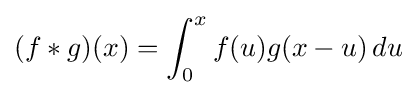
(f*g)(x)=\int _{0}^{x}f(u)g(x-u)\,du